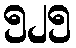
၅၂၅